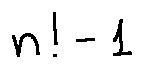
n ! - 1